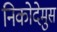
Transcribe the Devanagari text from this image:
निकोदेमुस